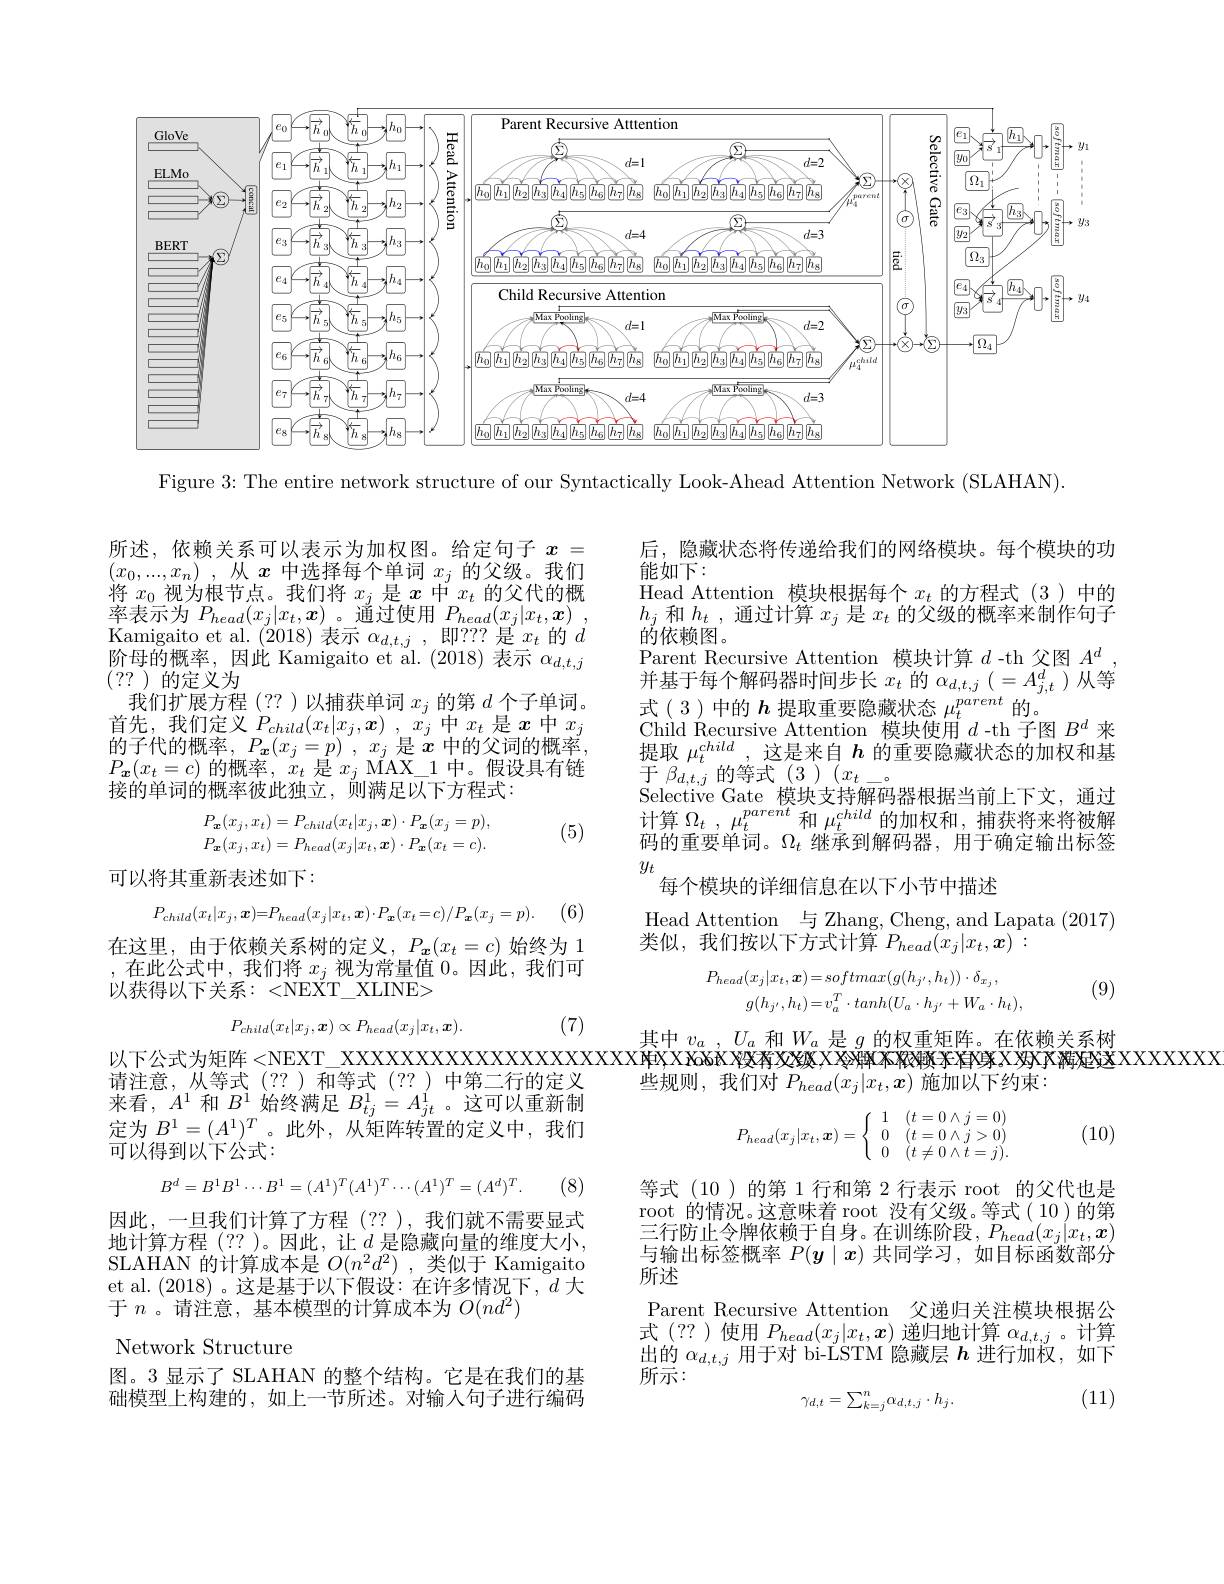
<FigureHere>

Figure 3: The entire network structure of our Syntactically Look-Ahead Attention Network (SLAHAN).

所述，依赖关系可以表示为加权图。给定句子$x=$ $\left(x_{0},\ldots,x_{n}\right)$,从$x$中选择每个单词$x_j$的父级。我们$\begin{array}{l}\text{将 }x_{0}\text{ 视为根节点。我们将 }x_{j}\text{ 是 }x\text{ 中 }x_{t}\text{ 的父代的概}\\\text{率表示为 }P_{head}(x_{j}|x_{t},\boldsymbol{x})\text{ 。通过使用 }P_{head}(x_{j}|x_{t},\boldsymbol{x})\end{array}$ $\begin{array}{l}\mathrm{Kamigaito~et~al.~(2018)~表示~\alpha_{d,t,j}~,~即？??~是~x_{t}~的~d}\\\end{array}$ $\begin{array}{l}\text{阶母的概率，因此 Kamigaito et al.(2018)表示 }\alpha_{d,t,j}\\(??)\text{ 的定义为}\end{array}$
我们扩展方程(??)以捕获单词$x_j$的第$d$个子单词。$\begin{array}{c}\text{首先，我们定义 }P_{child}(x_{t}|x_{j},\boldsymbol{x})&,\:x_{j}&\text{中 }x_{t}&\text{是 }x\text{ 中 }x_{j}\\\text{故了小的概率 }&\mathrm{~n~}&\:x_{j}&\text{ 中 }x_{t}&\text{是 }x\text{ 中 }x_{j}\end{array}$ 的子代的概率，$P_{\boldsymbol{x}}( x_{j}= p)$ , $x_{j}$是$x$中的父词的概率$P_{\boldsymbol{x}}(x_{t}=c)$的概率，$x_t$是$x_j$ MAX\_1 中。假设具有链接的单词的概率彼此独立，则满足以下方程式：

后，隐藏状态将传递给我们的网络模块。每个模块的功
能如下：
Head Attention 模块根据每个$x_t$的方程式(3)中的$h_{j}$和$h_t$,通过计算$x_j$是$x_t$的父级的概率来制作句子的依赖图。
Parent Recursive Attention 模并 基 于 每 个 解 码 器 时 间 步 长 $x_{t}$ 的 $\alpha _{d, t, j}\left ( = A_{j, t}^{d}\right )$从 等 式 ( 3) 中 的 $h$ 提 取 重 要 隐 藏 状 态 $\mu _{t}^{parent}$ 的 。Child Recursive Attention 模 块 使 用 $d$ - th 子 图 $B^d$ 来 提 取 $\mu _{t}^{child}$, 这 是 来 自 $h$ 的 重 要 隐 藏 状 态 的 加 权 和 基$\mathop{\text{于}}\beta_{d,t,j}\mathop{\text{的等式(3)}}\left(x_{t}\right)$
Selective Gate 模块支持解码器根据当前上下计算$\Omega _{t}$ , $\mu _{t}^{parent}$和$\mu_{t}^{child}$的加权和 ,捕获将来将被解码的重要单词。$\Omega_t$继承到解码器，用于确定输出标签$y_t$
每个模块的详细信息在以下小节中描述
Head Attention 与 Zhang, Cheng, and Lapata (2017)

(5)
$$P_{\boldsymbol{x}}(x_{j},x_{t})=P_{child}(x_{t}|x_{j},\boldsymbol{x})\cdot P_{\boldsymbol{x}}(x_{j}=p),\\P_{\boldsymbol{x}}(x_{j},x_{t})=P_{head}(x_{j}|x_{t},\boldsymbol{x})\cdot P_{\boldsymbol{x}}(x_{t}=c).$$
可以将其重新表述如下：

(6)
$$P_{child}(x_{t}|x_{j},\boldsymbol{x})=P_{head}(x_{j}|x_{t},\boldsymbol{x})\cdot P_{\boldsymbol{x}}(x_{t}=c)/P_{\boldsymbol{x}}(x_{j}=p)$$
类似，我们按以下方式计算$P_head(x_j|x_t$

在这里，由于依赖关系树的定义，$P_{\boldsymbol{x}}(x_{t}=c)$始终为1 ,在此公式中，我们将$x_j$视为常量值0。因此，我们可以获得以下关系：<NEXT\_ XLINE>
$$P_{head}(x_{j}|x_{t},\boldsymbol{x})=softmax(g(h_{j^{\prime}},h_{t}))\cdot\delta_{x_{j}},\\g(h_{j^{\prime}},h_{t})=v_{a}^{T}\cdot tanh(U_{a}\cdot h_{j^{\prime}}+W_{a}\cdot h_{t}),$$
(9)
$$P_{child}(x_t|x_j,\boldsymbol{x})\propto P_{head}(x_j|x_t,\boldsymbol{x}).$$
(7)

其中$v_a$ , $U_a$和$W_a$是$g$的权重矩阵。在依赖关系树
些规则，我们对$P_{head}(x_j|x_t,\boldsymbol{x})$施加以下约束：

请注意，从等式(??)和等式(??)中第二行的定义来看，$A^1$和$B^1$始终满足$B_tj^1=A_{jt}^1$。这可以重新制定为$B^1=(A^1)^T$。此外，从矩阵转置的定义中，我们可以得到以下公式：
$$P_{head}(x_j|x_t,\boldsymbol{x})=\left\{\begin{array}{cc}1&(t=0\land j=0)\\0&(t=0\land j>0)\\0&(t\neq0\land t=j).\end{array}\right.$$
(10)
$$B^d=B^1B^1\cdots B^1=(A^1)^T(A^1)^T\cdots(A^1)^T=(A^d)^T.$$
(8)

因此，一旦我们计算了方程 (??),我们就不需要显式地计算方程(??)。因此，让$d$ 是隐藏向量的维度大小， SLAHAN 的计算成本是$O(n^2d^2)$ ,类似于 Kamigaito et al. (2018)。这是基于以下假设：在许多情况下，$d$大于$n$ 。请注意，基本模型的计算成本为$O(nd^2)$

等式 (10)的第 1 行和第 2 行表示 root 的父代也是root 的情况。这意味着 root 没有父级。等式( 10)的第三行防止令牌依赖于自身。在训练阶段，$P_{head}(x_j|x_t,\boldsymbol{x})$ 与输出标签概率$P(y\mid x)$共同学习，如目标函数部分所述
Parent Recursive Attention 父递归关注模块根据公式(??)使用$P_head(x_j|x_t,\boldsymbol{x})$递归地计算$\alpha_d,t,j$。计算出的$\alpha_{d,t,j}$用于对 bi-LSTM 隐藏层$h$进行加权，如下$\tilde{\text{所示：}}$
$$\gamma_{d,t}=\sum_{k=j}^n\alpha_{d,t,j}\cdot h_j.$$
Network Structure

图。3 显示了 SLAHAN 的整个结构。它是在我们的基础模型上构建的，如上一节所述。对输入句子进行编码

(11)